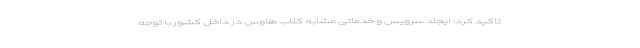
تاکید کرد: ایجاد سرویس و خدماتی مشابه کلاب هاوس در داخل کشور با توجه